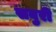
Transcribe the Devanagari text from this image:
सबुरी